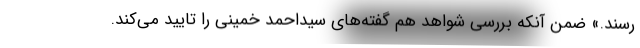
رسند.» ضمن آنکه بررسی شواهد هم گفته‌های سیداحمد خمینی را تایید می‌کند.